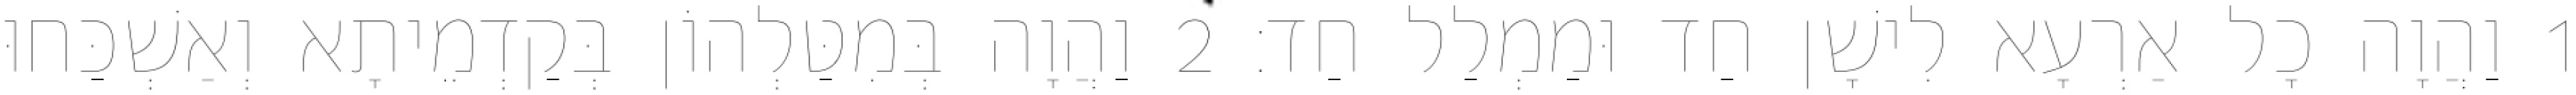
1 וַהֲוָה כָל אַרְעָא לִישָׁן חַד וּמַמְלַל חַד׃ 2 וַהֲוָה בְּמִטַּלְהוֹן בְּקַדְמֵיתָא וְאַשְׁכַּחוּ